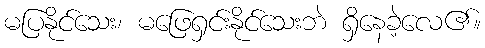
မပြနိုင်သေး၊ မဖြေရှင်းနိုင်သေးဘဲ ရှိနေခဲ့လေ၏။